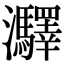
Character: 㶠